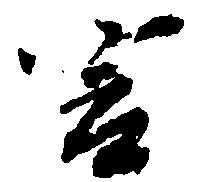
言